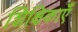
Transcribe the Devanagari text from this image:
शिक्षिकाएँ